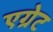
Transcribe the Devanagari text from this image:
एग्रेट